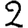
Digit: 2